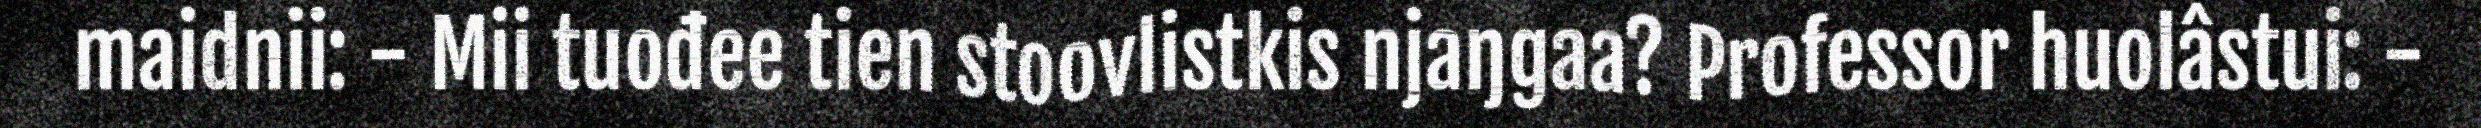
maidnii: - Mii tuođee tien stoovlistkis njaŋgaa? Professor huolâstui: -